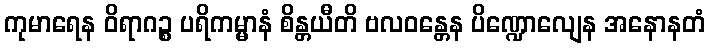
ကုမာရေန ဝိရာဂဉ္စ ပရိကမ္မာနံ စိန္တယီတိ ဗလဝန္တေန ပိဏ္ဍောလျေန အနောနတံ